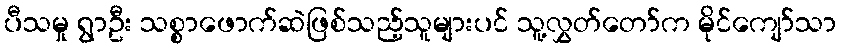
ပီသမှု ရွာဦး သစ္စာဖောက်ဆဲဖြစ်သည့်သူများပင် သူ့လွှတ်တော်က မိုင်ကျော်သာ